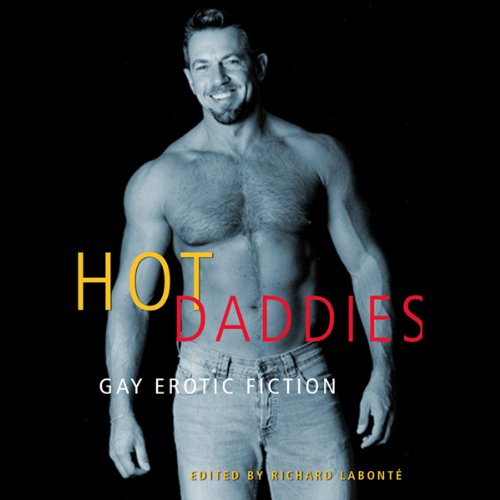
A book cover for Hot Daddies: Gay Erotic Fiction; Richard Labonte; Romance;